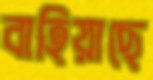
বাহিয়াছে